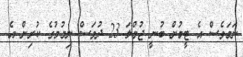
ނަމަވެސް އެ ޓީމުން ބުނީ ޖުމްލަ 23 ދުވަސް ނިމުމުގެ ކުރިން އެ